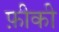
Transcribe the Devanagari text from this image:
फ़ीकी